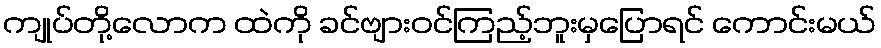
ကျုပ်တို့လောက ထဲကို ခင်ဗျားဝင်ကြည့်ဘူးမှပြောရင် ကောင်းမယ်